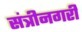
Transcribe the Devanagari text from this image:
संत्रीनगरी